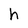
Character: h